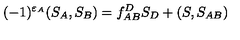
( - 1 ) ^ { \varepsilon _ { A } } ( S _ { A } , S _ { B } ) = f _ { A B } ^ { D } S _ { D } + ( S , S _ { A B } )